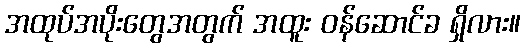
အထုပ်အပိုးတွေအတွက် အထူး ဝန်ဆောင်ခ ရှိလား။